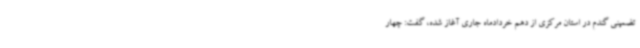
تضمینی گندم در استان مرکزی از دهم خردادماه جاری آغاز شده، گفت: چهار